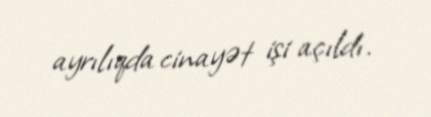
ayrılıqda cinayət işi açıldı.